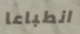
انطباعا